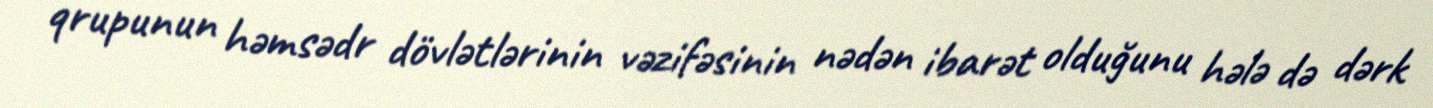
qrupunun həmsədr dövlətlərinin vəzifəsinin nədən ibarət olduğunu hələ də dərk